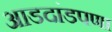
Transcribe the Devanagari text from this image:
आडदांडपणा